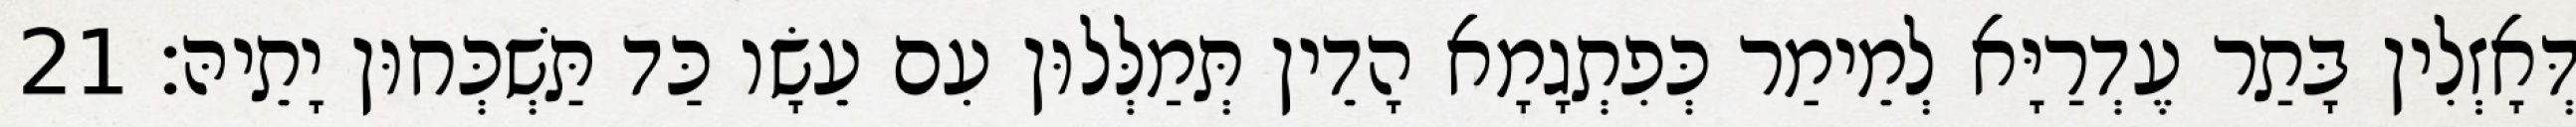
דְּאָזְלִין בָּתַר עֶדְרַיָּא לְמֵימַר כְּפִתְגָמָא הָדֵין תְּמַלְּלוּן עִם עֵשָׂו כַּד תַּשְׁכְּחוּן יָתֵיהּ׃ 21